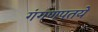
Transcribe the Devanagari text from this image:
गंगणपतये